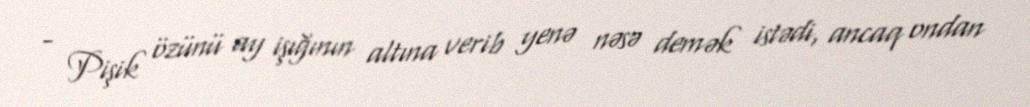
- Pişik özünü ay işığının altına verib yenə nəsə demək istədi, ancaq ondan